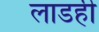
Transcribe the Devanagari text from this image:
लाडही